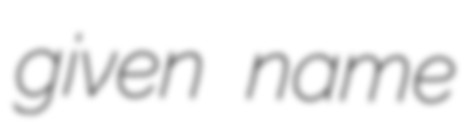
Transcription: given name